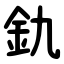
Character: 釚